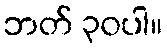
ဘတ် ၃၀ပါ။